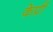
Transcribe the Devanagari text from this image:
केप्री